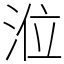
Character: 涖